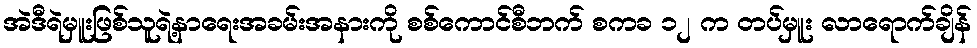
အဲဒီရဲမှူးဖြစ်သူရဲ့နာရေးအခမ်းအနားကို စစ်ကောင်စီဘက် စကခ ၁၂ က တပ်မှူး လာရောက်ချိန်